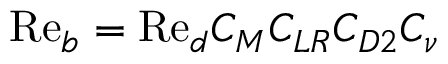
\mathrm { R e } _ { b } = \mathrm { R e } _ { d } C _ { M } C _ { L R } C _ { D 2 } C _ { \nu }